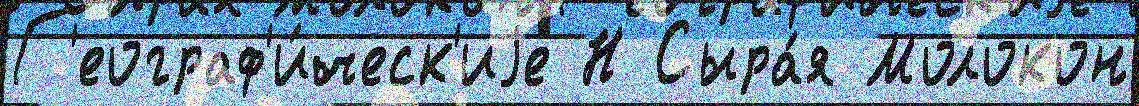
Г'еограф'и́ческ'иjе Н Сыра́я Молокон